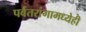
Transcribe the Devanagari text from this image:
पर्वतरांगामध्येही